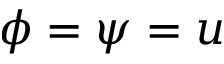
\phi = \psi = u